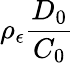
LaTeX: \rho_{\epsilon}\frac{D_{0}}{C_{0}}